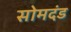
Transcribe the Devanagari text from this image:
सोमदंड